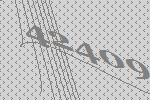
42409